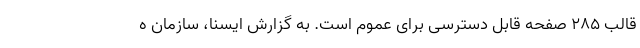
قالب ۲۸۵ صفحه قابل دسترسی برای عموم است. به گزارش ایسنا، سازمان ه